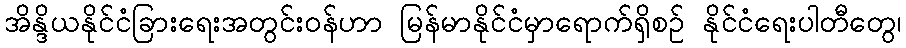
အိန္ဒိယနိုင်ငံခြားရေးအတွင်းဝန်ဟာ မြန်မာနိုင်ငံမှာရောက်ရှိစဉ် နိုင်ငံရေးပါတီတွေ၊